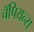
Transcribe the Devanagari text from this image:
चॅपियन्स